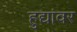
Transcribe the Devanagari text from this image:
हुद्यांवर